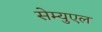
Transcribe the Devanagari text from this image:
सेम्युएल